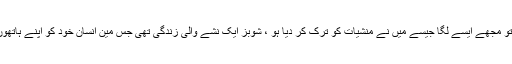
جب میں نے عمرہ کیا ہے تو مجھے ایسے لگا جیسے میں نے منشیات کو ترک کر دیا ہو ، شوبز ایک نشے والی زندگی تھی جس مین انسان خود کو اپنے ہاتھوں سے تباہ کر رہا ہوتا ہے ۔